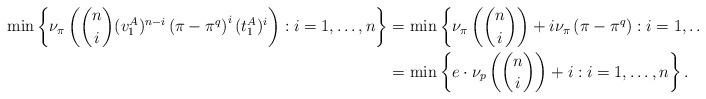
LaTeX: \begin{align*} \min\left\{ \nu_{\pi}\left(\binom{n}{i} (v_1^A)^{n-i} \left( \pi - \pi^q\right)^{i} (t_1^A)^i\right): i=1, \dots ,n\right\} &= \min\left\{ \nu_{\pi}\left( \binom{n}{i}\right) + i\nu_{\pi}\left( \pi - \pi^q\right): i=1, \dots ,n\right\} \\ &= \min\left\{ e\cdot\nu_p\left( \binom{n}{i}\right) + i : i=1,\dots ,n\right\}.\end{align*}